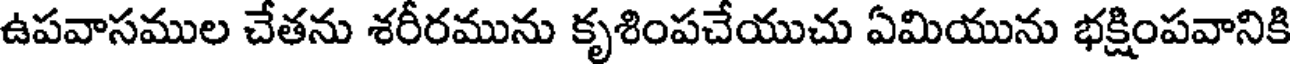
ఉపవాసముల చేతను శరీరమును కృశింపచేయుచు ఏమియును భక్షింపవానికి